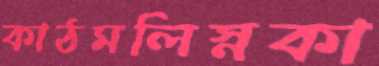
কাঠমলিস্নকা